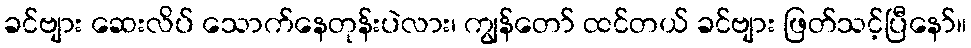
ခင်ဗျား ဆေးလိပ် သောက်နေတုန်းပဲလား၊ ကျွန်တော် ထင်တယ် ခင်ဗျား ဖြတ်သင့်ပြီနော်။